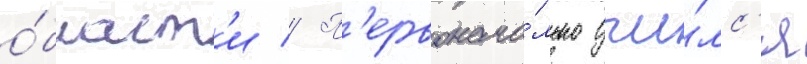
о́бласт'и // П'ервонача́льно учи́лс'я